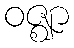
ဝဇ္ဈာ